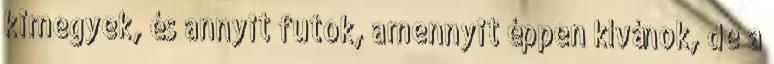
kimegyek, és annyit futok, amennyit éppen kívánok, de a